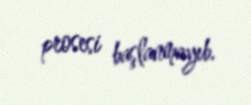
prosesi başlanmayıb.